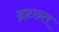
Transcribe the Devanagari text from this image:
द्रष्टान्त